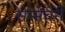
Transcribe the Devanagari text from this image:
सेम्मेंचेरी